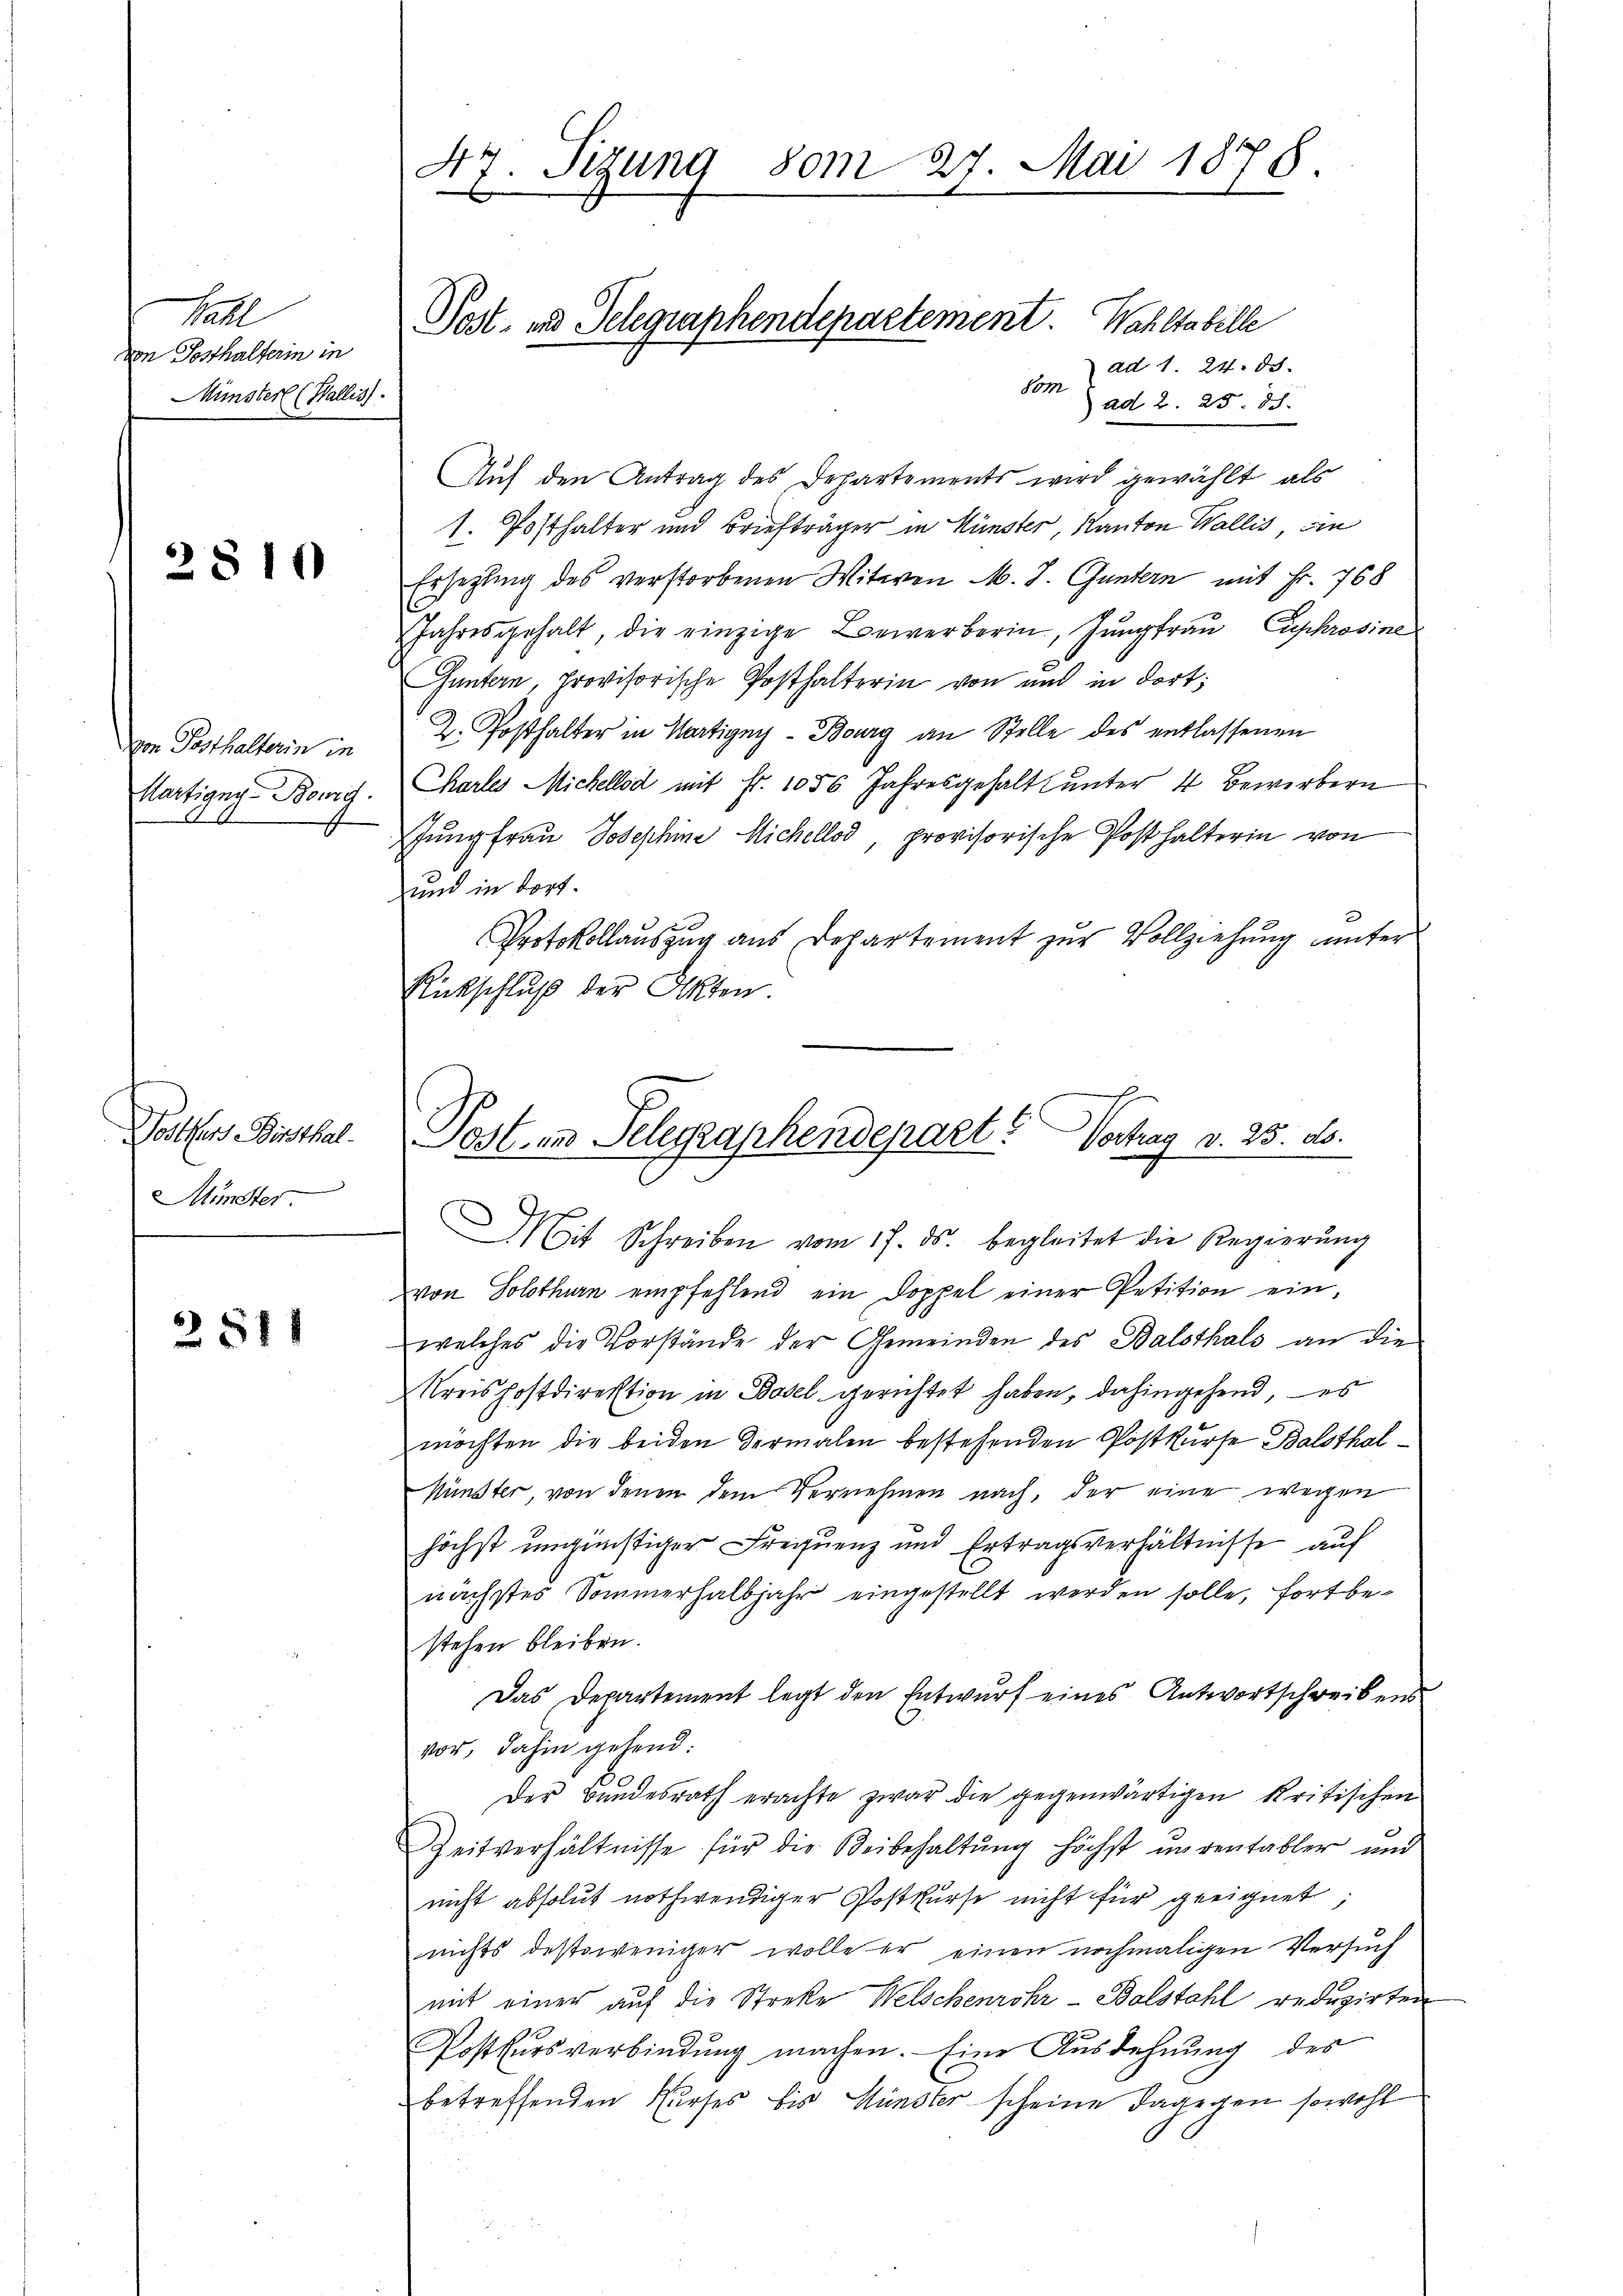
Fall
von Posthalterin in
Mimsterl (Wallis).

2810

von Posthalterin in
Martigung Berg.

Postens Bisthal.
d
Münster

2811

47. Sizung vom 27. Mai 1878.

Post- und Telegraphendepartement. Wahltabelle

ad 1. 24. 58.
Som
ad 2. 25. d.
Auf den Antrag des Departements wird gewählt, als
1. Posthalter und Briefträger in Künster, Kanton Wallis, ain
Ersezling des verstorbenen Witwen M. J. Guntern mit Fr. 768
Jahresgehalt, die einzige Bewerberin, Jŭngfraŭ Eychrosine
Guntern, provisorische Posthalterin von und in dort;
Z. Posthalter in Martigny-Bourg an Stelle des entlassenen
Charles Michellod mit Fr. 1056. Jahresgehalt ŭnter 4 Bewirbern
Jungfrau Josephine Michellod, provisorische Posthalterin von
rund in dort.
Protokollauszug aus Departement zur Vollziehung unter
Rückschluß der Akten.
Mit Schreiben vom 17. ds. begleitet die Regierung
von Solothurn empfehlend ein Doppel einer Petition einwelches die Vorstände der Gemeinden des Balsthals an die
Kreishostdirektion in Basel gerichtet haben, dahingehend, – es
möchten die beiden dermalen bestehenden Postkurse Balsthal¬
Münster, von denen dem Vernehmen nach, der eine wegen
höchst ungünstiger Frequenz und Ertragsverhältnisse auf
nächstes Sommerhalbjahr eingestellt werden solle, fortbestehen bleiben.
Das Departement legt den Entwurf eines Antwortschreibens
vor, dahin gehend:
Der Bundesrath erachte zwar die gegenwärtigen kritischen
Zeitverhältnisse für die Beibehaltung höchst unrentabler und
nicht absolut nothwendiger Postkurse nicht für geeignet,
nichts destoweniger wolle er einen nochmaligen Versuch
mit einer auf die Streke Welschenrohr-Balstahl reduzirten
Postkursverbindung machen. Eine Ausdehnung des
betreffenden Kurses bis Münster scheine dagegen sowohl

Post in Telegraphendepart? Vortrag v. 25. ds.